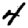
Digit: 4